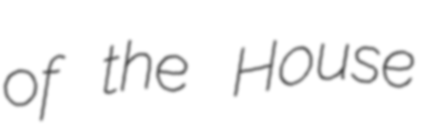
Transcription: of the House